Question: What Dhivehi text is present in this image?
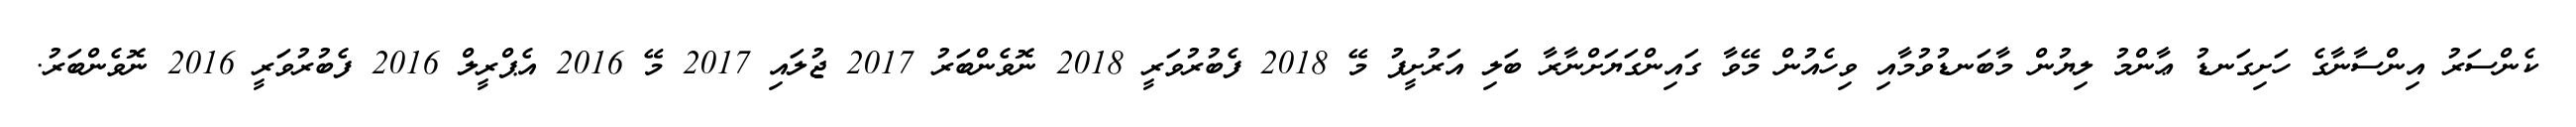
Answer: ކެންސަރު އިންސާނާގެ ހަށިގަނޑު ޢާންމު ލިޔުން މާބަނޑުވުމާއި ވިހެއުން މޭވާ ގައިންގަޔަށްނާރާ ބަލި އަރުށީފު މޭ 2018 ފެބުރުވަރީ 2018 ނޮވެންބަރު 2017 ޖުލައި 2017 މޭ 2016 އެޕްރީލް 2016 ފެބުރުވަރީ 2016 ނޮވެންބަރު.